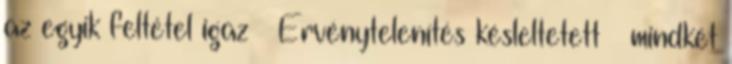
az egyik feltétel igaz – Érvénytelenítés késleltetett – mindkét